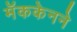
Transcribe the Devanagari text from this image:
मॅककेनने